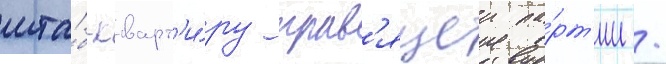
шта́б-кварт'и́ру прав'ящеи па́рт'ии /